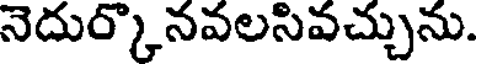
నెదుర్కొనవలసివచ్చును.